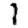
Digit: 1